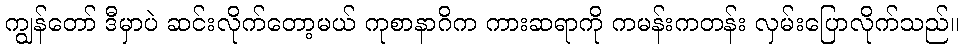
ကျွန်တော် ဒီမှာပဲ ဆင်းလိုက်တော့မယ် ကုစာနာဂိက ကားဆရာကို ကမန်းကတန်း လှမ်းပြောလိုက်သည်။